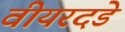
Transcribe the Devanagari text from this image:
वीयरदडे